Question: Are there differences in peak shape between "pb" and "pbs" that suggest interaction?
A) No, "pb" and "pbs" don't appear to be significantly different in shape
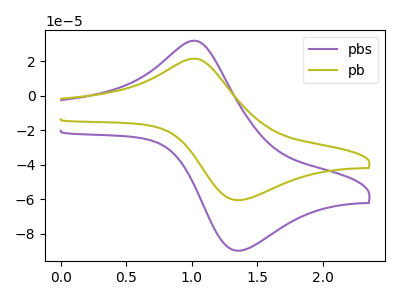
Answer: <think>The purple curve "pbs" has an anodic peak at (1.00V, 31.90uA) and a cathodic peak at (1.35V, -90.00uA). The olive curve "pb" has an anodic peak at (1.00V, 21.50uA) and a cathodic peak at (1.35V, -60.65uA).
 All the peaks in "pb" have a peak in "pbs" at the same potential. Every peak in "pb" is lower than every peak in "pbs".</think>
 <answer>A) No, "pb" and "pbs" don't appear to be significantly different in shape</answer>
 <eval>A</eval>